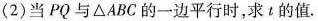
(2)当PQ与\triangle ABC的一边平行时，求t的值.